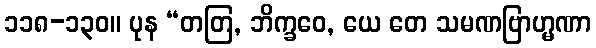
၁၁၈-၁၃၀။ ပုန “တတြ, ဘိက္ခဝေ, ယေ တေ သမဏဗြာဟ္မဏာ